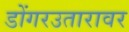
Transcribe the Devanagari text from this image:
डोंगरउतारावर